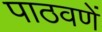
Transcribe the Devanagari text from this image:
पाठवणें